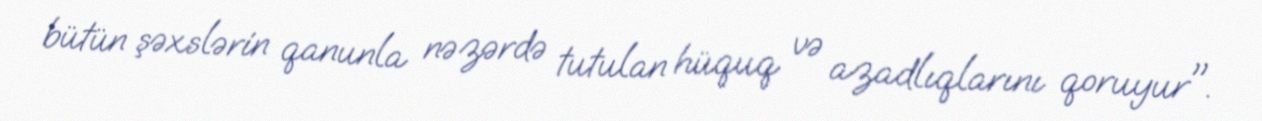
bütün şəxslərin qanunla nəzərdə tutulan hüquq və azadlıqlarını qoruyur".